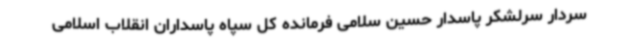
سردار سرلشکر پاسدار حسین سلامی فرمانده کل سپاه پاسداران انقلاب اسلامی